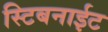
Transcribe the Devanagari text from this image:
स्टिबनाईट